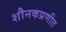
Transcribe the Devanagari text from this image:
शौनकप्रणीत